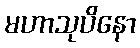
မဟာသုပိနော